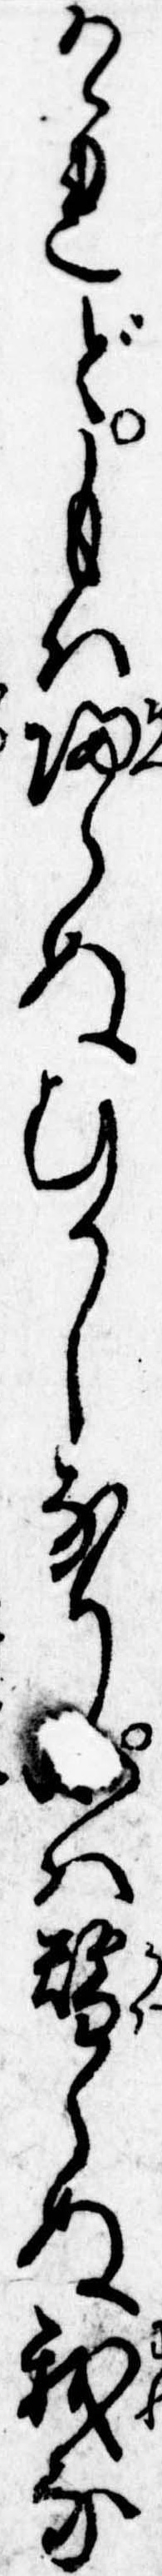
けれどもは帰らぬむかしなりは替らぬ我な